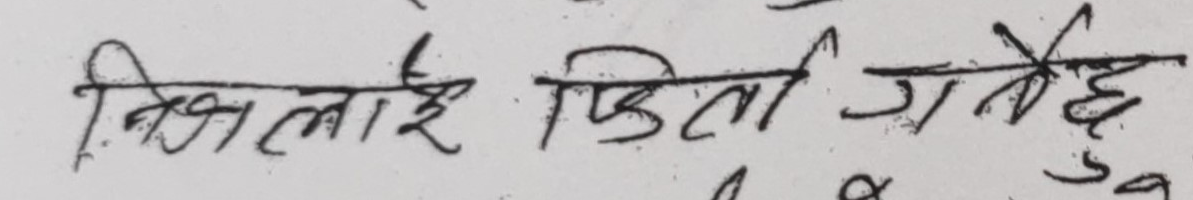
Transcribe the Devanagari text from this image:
जिग्रीलाई जित्नै गदैन